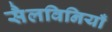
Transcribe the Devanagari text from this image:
सैलविनियाँ